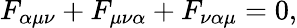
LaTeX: F_{\alpha\mu\nu}+F_{\mu\nu\alpha}+F_{\nu\alpha\mu}=0,